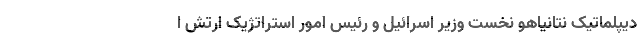
دیپلماتیک نتانیاهو نخست وزیر اسرائیل و رئیس امور استراتژیک ارتش ا